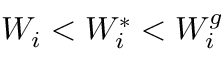
W _ { i } < W _ { i } ^ { * } < W _ { i } ^ { g }